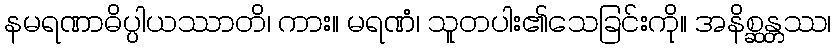
နမရဏာဓိပ္ပါယဿာတိ၊ ကား။ မရဏံ၊ သူတပါး၏သေခြင်းကို။ အနိစ္ဆန္တဿ၊